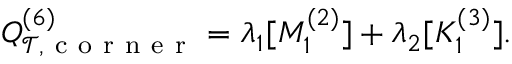
Q _ { \mathcal { T } , \mathrm { ~ c ~ o ~ r ~ n ~ e ~ r ~ } } ^ { ( 6 ) } = \lambda _ { 1 } [ M _ { 1 } ^ { ( 2 ) } ] + \lambda _ { 2 } [ K _ { 1 } ^ { ( 3 ) } ] .